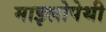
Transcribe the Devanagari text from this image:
माइलोपेथी